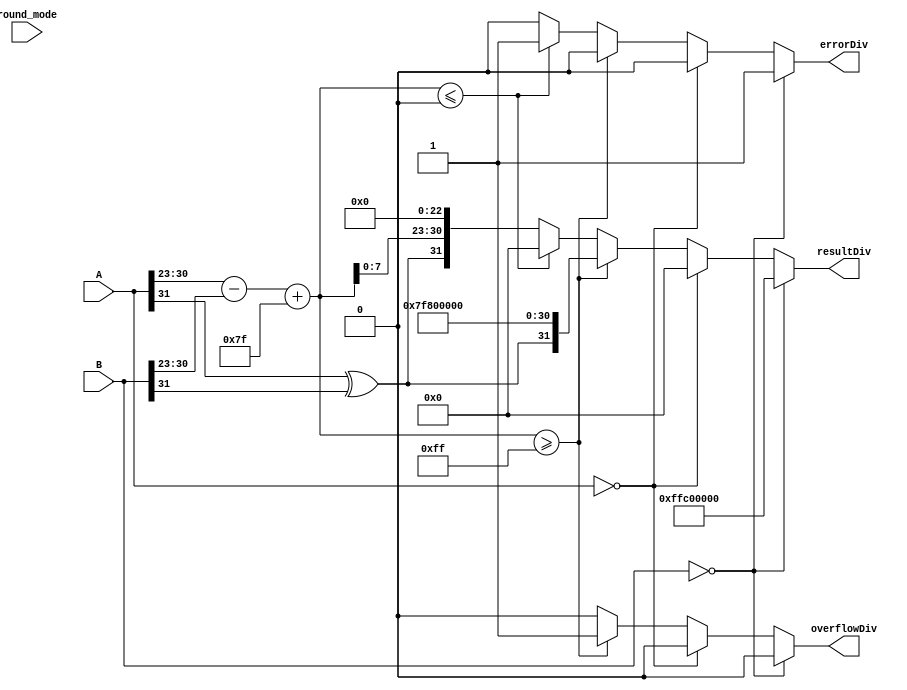
module Divider (
    input [31:0] A,
    input [31:0] B,
    input [1:0] round_mode,
    output reg errorDiv,
    output reg overflowDiv,
    output reg [31:0] resultDiv
);

    // IEEE 754   
    wire signA = A[31];
    wire signB = B[31];
    wire [7:0] expA = A[30:23];
    wire [7:0] expB = B[30:23];
    wire [23:0] mantA = (expA == 0) ? {1'b0, A[22:0]} : {1'b1, A[22:0]};
    wire [23:0] mantB = (expB == 0) ? {1'b0, B[22:0]} : {1'b1, B[22:0]};

    //  
    wire resultSign = signA ^ signB;

    //  
    wire [8:0] expDiff = expA - expB + 8'd127;

    // -   
    reg [31:0] x0;
    always @(*) begin
        if (mantB[22:0] == 0)
            x0 = 32'b01111111100000000000000000000000; // 1.0 
        else
            x0 = {8'b01111111, mantB[22:0]};
    end

    // - 
    reg [31:0] x1, x2, x3;
    reg [31:0] temp1, temp2, temp3;
    always @(*) begin
        //   
        temp1 = 32'h7FFFFFFF - ((x0 * mantB) >> 23);
        x1 = (x0 * temp1) >> 23;

        //   
        temp2 = 32'h7FFFFFFF - ((x1 * mantB) >> 23);
        x2 = (x1 * temp2) >> 23;

        //   
        temp3 = 32'h7FFFFFFF - ((x2 * mantB) >> 23);
        x3 = (x2 * temp3) >> 23;
    end

    //  
    wire [47:0] quotient = (mantA * x3) >> 23;

    // 
    reg [22:0] mantissa;
    reg [8:0] exponent;
    always @(*) begin
        if (quotient[47]) begin
            mantissa = quotient[46:24];
            exponent = expDiff + 1;
        end else begin
            mantissa = quotient[45:23];
            exponent = expDiff;
        end
    end

    //    
    always @(*) begin
        if (B == 32'b0) begin
            //   0 
            errorDiv = 1;
            overflowDiv = 0;
            resultDiv = 32'hFFC00000; // NaN
        end else if (A == 32'b0) begin
            //   0 
            errorDiv = 0;
            overflowDiv = 0;
            resultDiv = 32'b0; //  0
        end else if (exponent >= 8'hFF) begin
            overflowDiv = 1;
            errorDiv = 0;
            resultDiv = {resultSign, 8'hFF, 23'b0}; // 
        end else if (exponent <= 0) begin
            overflowDiv = 0;
            errorDiv = 1;
            resultDiv = 32'b0; // 
        end else begin
            overflowDiv = 0;
            errorDiv = 0;
            resultDiv = {resultSign, exponent[7:0], mantissa};
        end
    end

endmodule